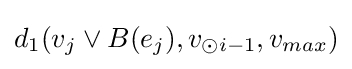
d_{1}(v_{j}\lor B(e_{j}),v_{\odot i-1},v_{max})